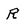
Character: R